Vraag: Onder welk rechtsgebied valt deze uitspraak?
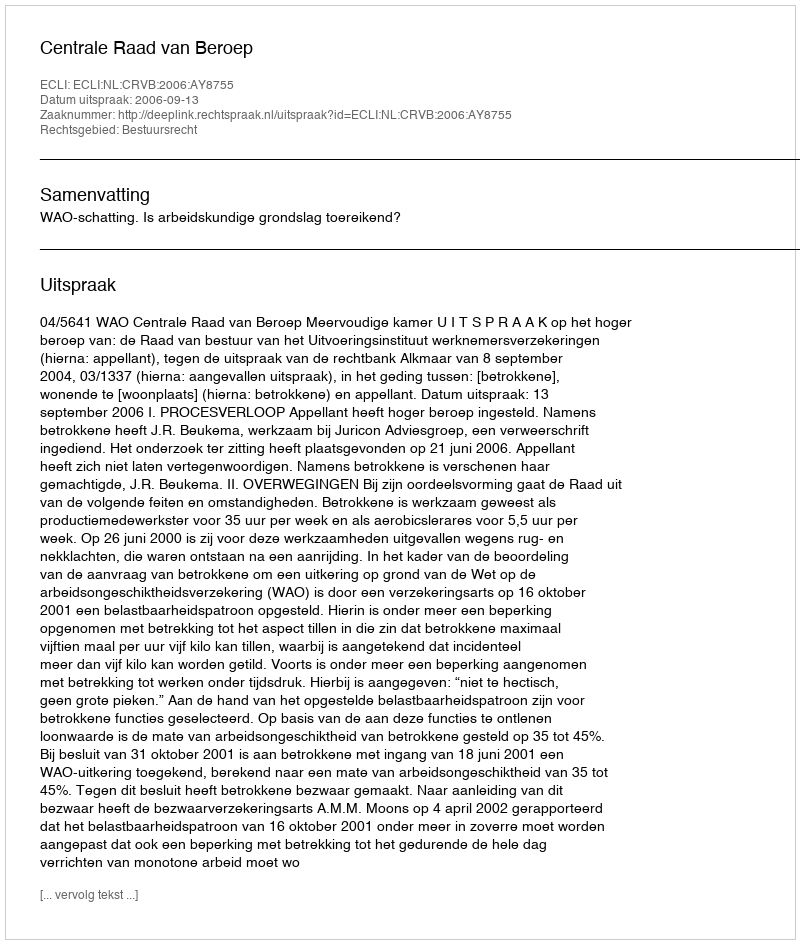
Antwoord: Bestuursrecht